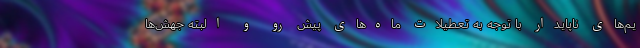
یم‌های ناپایدار با توجه به تعطیلات ماه‌های پیش‌ رو و البته جهش‌ها